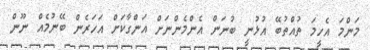
މަންމަ އެހީމަ ތުއްތުބޭ އުޅުނީ ބުނަން އެންމެންނަށް އަންގާކަށް އަހަރެން ބޭނުމެއް ނޫން